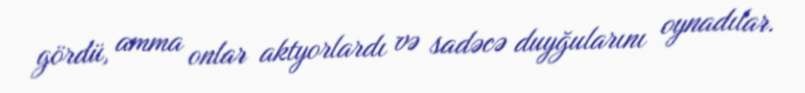
gördü, amma onlar aktyorlardı və sadəcə duyğularını oynadılar.